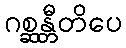
ဂစ္ဆန္တီတိပေ